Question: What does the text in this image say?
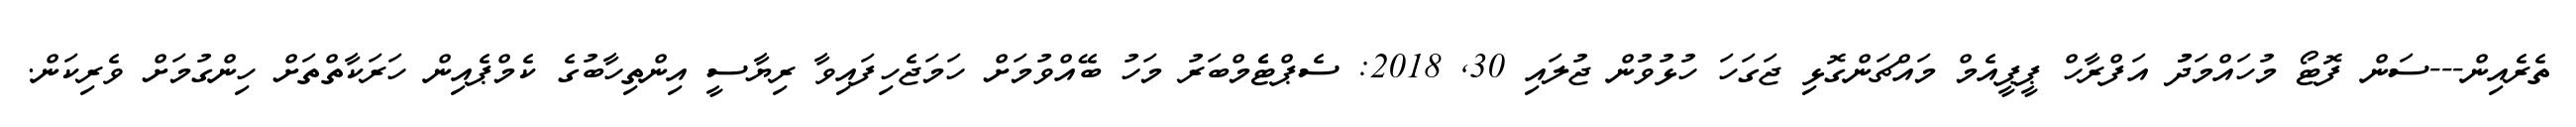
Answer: ތެރެއިން---ސަން ފޮޓޯ މުހައްމަދުު އަފްރާހް ޕީޕީއެމް މައްޗަންގޮޅި ޖަގަހަ ހުޅުވުން ޖުލައި 30, 2018: ސެޕްޓެެމްބަރު މަހު ބޭއްވުމަށް ހަމަޖެހިފައިވާ ރިޔާސީ އިންތިހާބުގެ ކެމްޕެއިން ހަރަކާތްތަށް ހިންގުމަށް ވެރިކަން.